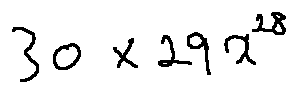
3 0 \times 2 9 x ^ { 2 8 }